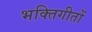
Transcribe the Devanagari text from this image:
भक्तिगीतों